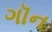
ગૉન